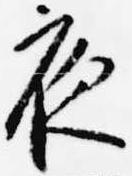
夜